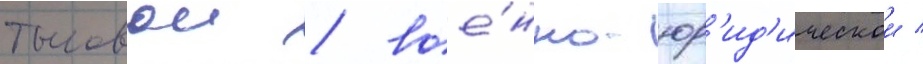
тыловои / вое́нно-юр'ид'ическои /